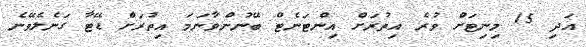
އަދި 15 މިނިޓަށް ވުރެ އިތުރަށް އިންޓަނެޓް ބޭނުންވާނަމަ އިތުރަށް ޑޭޓާ ގަނެލެވޭނެ